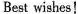
Best wishes!